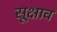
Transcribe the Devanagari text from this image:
सूक्षाव